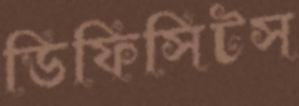
ডিফিসিটস